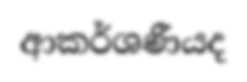
ආකර්ශණීයද